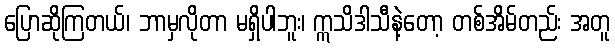
ပြောဆိုကြတယ်၊ ဘာမှလိုတာ မရှိပါဘူး၊ ဣသိဒါသီနဲ့တော့ တစ်အိမ်တည်း အတူ